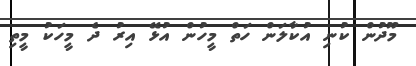
މޫދުން ކުނި އުކާލަން ހަތް މީހުން އުޅޭ އިރު ދެ މީހަކު މީތި